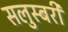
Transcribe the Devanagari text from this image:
सलुस्बरी